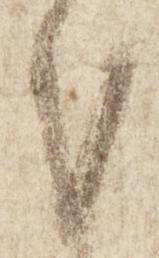
謹